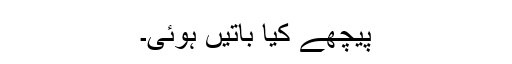
پیچھے کیا باتیں ہوئی۔